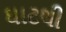
ઘાટથી